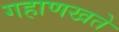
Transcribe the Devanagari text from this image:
गहाणखते